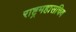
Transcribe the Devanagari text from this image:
राष्ट्रमहासचिव